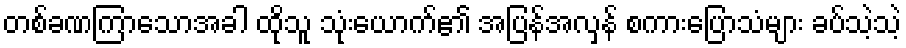
တစ်ခဏကြာသောအခါ ထိုသူ သုံးယောက်၏ အပြန်အလှန် စကားပြောသံများ ခပ်သဲ့သဲ့